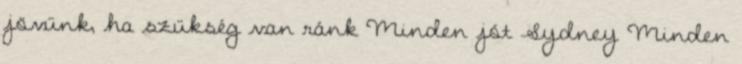
jövünk, ha szükség van ránk Minden jót Sydney Minden